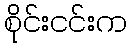
စိုင်းငင်းက